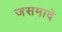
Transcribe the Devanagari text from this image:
जसमादे